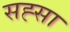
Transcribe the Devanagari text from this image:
सह्सा